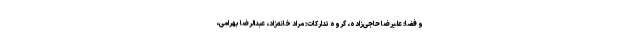
و فضا: علیرضا حاجی‌زاده، گروه تدارکات: مراد خانه‌زاد، عبدالرضا بهرامی،